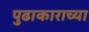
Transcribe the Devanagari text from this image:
पुढाकाराच्या